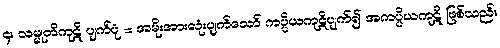
၄။ သမ္မုတိကုဋိ ပျက်ပုံ = အမိုးအားလုံးပျက်သော် ကပ္ပိယကုဋိပျက်၍ အကပ္ပိယကုဋိ ဖြစ်သည်။